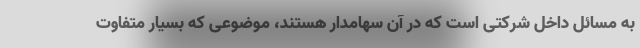
به مسائل داخل شرکتی است که در آن سهامدار هستند، موضوعی که بسیار متفاوت